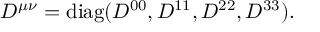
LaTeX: D ^ { \mu \nu } = \mathrm { d i a g } ( D ^ { 0 0 } , D ^ { 1 1 } , D ^ { 2 2 } , D ^ { 3 3 } ) .